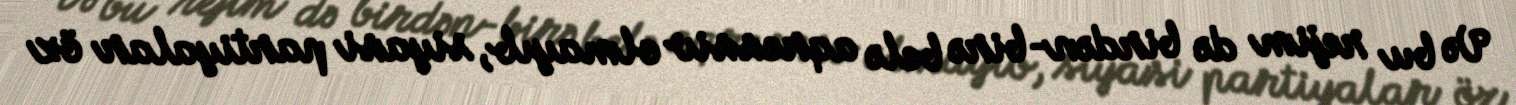
Və bu rejim də birdən-birə belə aqressiv olmayıb, siyasi partiyalar öz